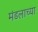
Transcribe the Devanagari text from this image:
मंडलाच्या